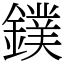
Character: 鏷